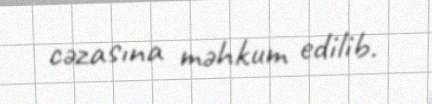
cəzasına məhkum edilib.